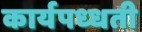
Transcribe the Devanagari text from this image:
कार्यपध्धती